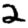
Digit: 2